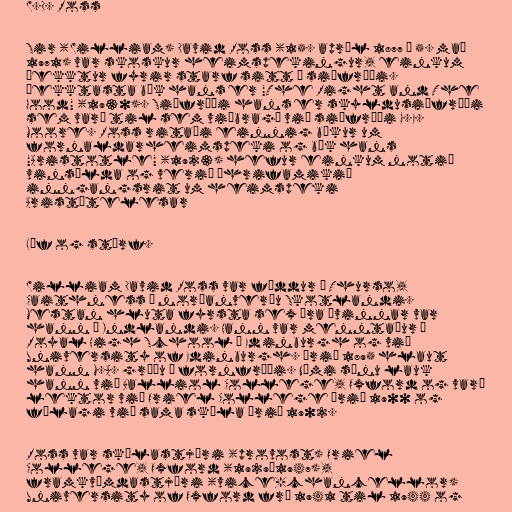
W.D. Ross

Sir (William) David Ross (15. apríl 1877 – 5. maí
1971) var skoskur heimspekingur, einkum
þekktur fyrir starf sitt í siðfræði.
Þekktasta bók hans er "The Right and The
Good" (1930). Siðfræði hans er skyldusiðfræði
sem varð til sem viðbragð við siðfræði G.E.
Moore. Ross ritaði einnig bækur um
fornaldarheimspeki og bók hans
"Aristotle" (1923) hefur einkum notið
vinsælda og verið áhrifamikið
inngangsrit um heimspeki
Aristótelesar

Líf og störf.

William David Ross var fæddur í Thurso,
Caithness í norðanverðu Skotlandi.
Mestan hluta fyrsta sex ára ævinnar var
hann á Indlandi. Hann var menntaður í
Royal High School í Edinburgh og við
University of Edinburgh. Árið 1895 hlaut
hann M.A. gráðu í fornfræði. Námi sínu lauk
hann við Balliol College, Oxford og varð
lektor við Oriel College árið 1900 og
félagi við sama skóla árið 1902.

Ross var skólastjóri (provost) Oriel
College, Oxford (1929–1947),
framkvæmdastjóri (vice-chancellor)
University of Oxford frá 1941 til 1944 og